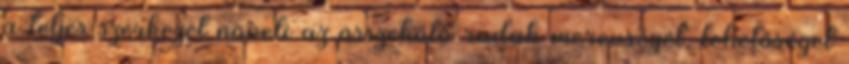
a teljes szerkezet növeli az összekötő rudak merevségét, lehetőséget